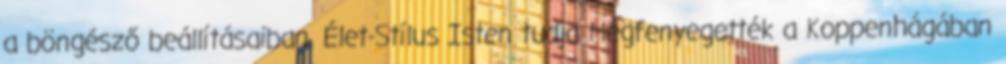
a böngésző beállításaiban. Élet-Stílus Isten tudja Megfenyegették a Koppenhágában